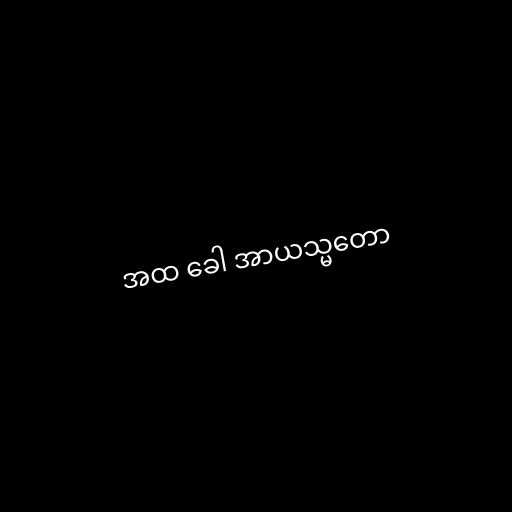
အထ ခေါ အာယသ္မတော